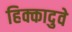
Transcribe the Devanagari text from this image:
हिक्कादुवे